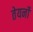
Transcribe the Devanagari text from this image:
तेयर्नों